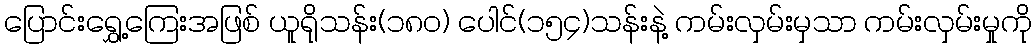
ပြောင်းရွှေ့ကြေးအဖြစ် ယူရိုသန်း(၁၈၀) ပေါင်(၁၅၄)သန်းနဲ့ ကမ်းလှမ်းမှသာ ကမ်းလှမ်းမှုကို